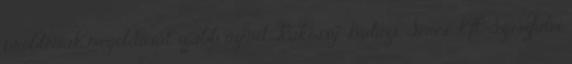
problémák megoldását, újabb üzenet, Rákossy Balázs, Seres Kft, Szászfalvi